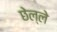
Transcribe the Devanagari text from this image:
छेल्ले